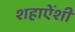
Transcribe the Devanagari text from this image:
शहाऐंशी